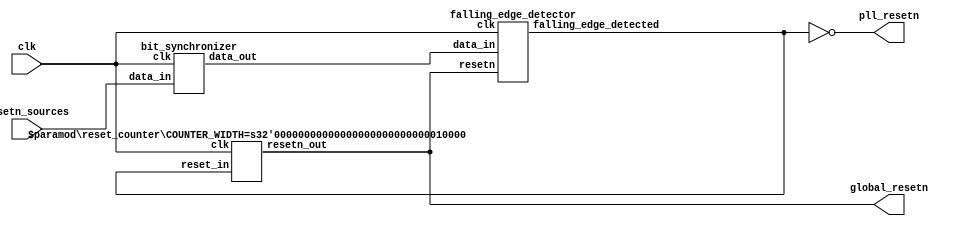
//
// This global_reset_generator will assert global_resetn LO for 2^RESET_COUNTER_WIDTH
// clocks immediately upon power up or at the event of any of the active low
// resetn_sources triggering a reset.
//
module global_reset_generator
#(
    parameter RESET_SOURCES_WIDTH = 1,
    parameter RESET_COUNTER_WIDTH = 16
)
(
    input                                   clk,
    input   [(RESET_SOURCES_WIDTH - 1):0]   resetn_sources,
    output                                  global_resetn,
    output                                  pll_resetn
);

wire    [(RESET_SOURCES_WIDTH - 1):0]   sync_resetn_sources;
wire    [(RESET_SOURCES_WIDTH - 1):0]   edge_detect;
wire                                    internal_global_resetn;

assign global_resetn = internal_global_resetn;
assign pll_resetn = ~|edge_detect;

generate
genvar i;
for(i = 0; i < (RESET_SOURCES_WIDTH); i = i + 1) 
begin : reset_sync_block

    //
    // Synchronize the reset sources from their clock domain, into the clock
    // domain of this module.
    // 
    bit_synchronizer bit_synchronizer_inst
    (
        .clk        (clk),
        .data_in    (resetn_sources[i]),
        .data_out   (sync_resetn_sources[i])
    );

    //
    // Detect falling edges on any of the synchronized reset sources
    //
    falling_edge_detector falling_edge_detector_inst
    (
        .clk                    (clk),
        .resetn                 (internal_global_resetn),
        .data_in                (sync_resetn_sources[i]),
        .falling_edge_detected  (edge_detect[i])
    );

end
endgenerate
                        
//
// Trigger the reset counter when a falling edge detection event occurs.
//
reset_counter
#(
    .COUNTER_WIDTH  (RESET_COUNTER_WIDTH)
) reset_counter_inst
(
    .clk            (clk),
    .reset_in       (|edge_detect),
    .resetn_out     (internal_global_resetn)
);

endmodule

//
// bit_synchronizer is simply a two flip flop synchronization stage intended to
// synchronize a signal from one clock domain into another and minimize the
// metastability effects of doing so.
//
module bit_synchronizer
(
    input       clk,
    input       data_in,
    output  reg data_out
);

reg p1;

always @ (posedge clk) begin
    p1          <= data_in;
    data_out    <= p1;
end

endmodule

//
// falling_edge_detector simply generates a one clock active high pulse when
// it detects the input signal transitioning from HI to LO, a falling edge.
//
module falling_edge_detector
(
    input       clk,
    input       resetn,
    input       data_in,
    output  reg falling_edge_detected
);

reg p1;
reg p2;

always @ (posedge clk or negedge resetn) begin
    if(!resetn) begin
        p1  <= 0;
        p2  <= 0;
        falling_edge_detected   <= 0;
    end else begin
        p1  <= data_in;
        p2  <= p1;
        falling_edge_detected   <= (!p1 & p2) ? (1'b1) : (1'b0);
    end
end

endmodule

//
// reset_counter module is synchronously triggered to produce an active low
// resetn_out strobe for the duration of 2^COUNTER_WIDTH clock cycles.  The
// delay counter is triggered at power on, or at the positive assertion of
// reset_in for one clock.  This delay counter is reset by each positive
// assertion of reset_in.
//
module reset_counter
#(
    parameter COUNTER_WIDTH = 16
)
(
    input       clk,
    input       reset_in,
    output  reg resetn_out
);

reg [(COUNTER_WIDTH - 1):0] counter;

always @ (posedge clk) begin
    if(reset_in) begin
        resetn_out  <= 0;
        counter     <= 0;
    end else if(~&counter) begin
        counter     <= counter + 1;
    end else begin
        resetn_out  <= 1;
    end
end

endmodule